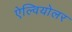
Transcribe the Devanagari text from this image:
ऐल्वियोलर